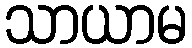
သာယာမ